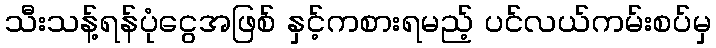
သီးသန့်ရန်ပုံငွေအဖြစ် နှင့်ကစားရမည့် ပင်လယ်ကမ်းစပ်မှ